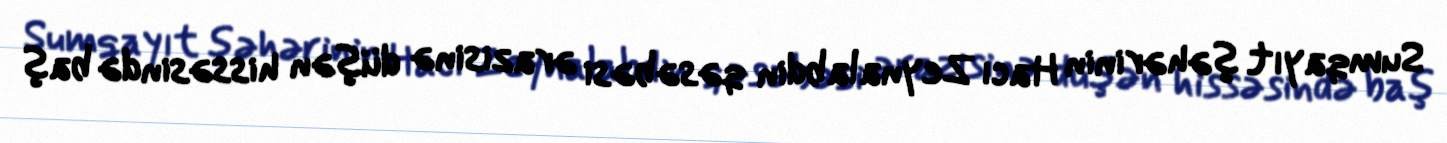
Sumqayıt şəhərinin Hacı Zeynalabdin qəsəbəsi ərazisinə düşən hissəsində baş